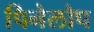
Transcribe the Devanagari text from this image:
पिनेलोप